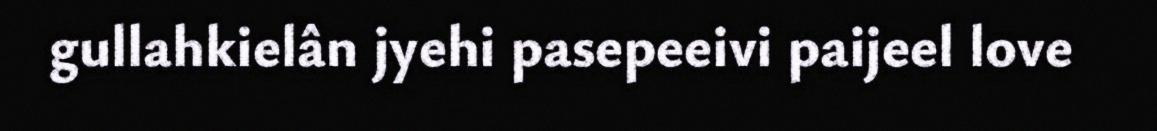
gullahkielân jyehi pasepeeivi paijeel love